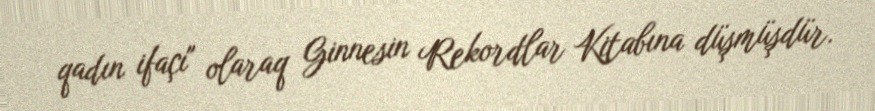
qadın ifaçı" olaraq Ginnesin Rekordlar Kitabına düşmüşdür.